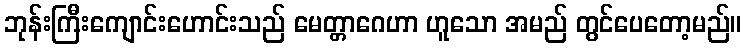
ဘုန်းကြီးကျောင်းဟောင်းသည် မေတ္တာဂေဟာ ဟူသော အမည် တွင်ပေတော့မည်။